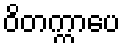
ဝိတက္ကာပေ